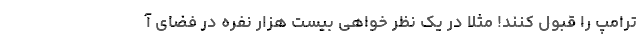
ترامپ را قبول کنند! مثلا در یک نظر خواهی بیست هزار نفره در فضای آ